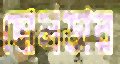
ছোলডার